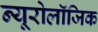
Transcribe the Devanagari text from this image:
न्यूरोलॉजिक